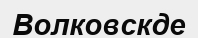
Волковскде